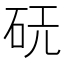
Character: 𪿔